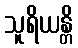
သူရိယန္တိ